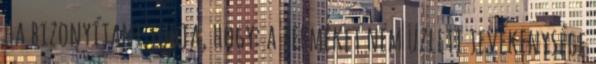
ha bizonyítani tudja, hogy: a terméket nem üzleti tevékenysége